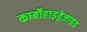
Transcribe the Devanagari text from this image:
कार्बोहाइड्रेज़ाइड